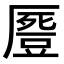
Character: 𠪶